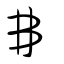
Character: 丳